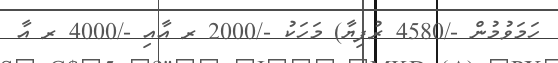
ހަމަވުމުން -/4580 ރުފިޔާ) މަހަކު -/2000 ރ އާއި -/4000 ރ އާ